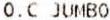
O.C JUMBO